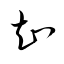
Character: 知